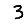
Digit: 3